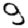
Digit: 9